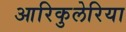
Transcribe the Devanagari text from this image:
आरिकुलेरिया